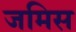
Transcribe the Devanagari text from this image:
जमिस